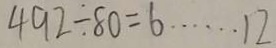
4 9 2 \div 8 0 = 6 \cdots 1 2